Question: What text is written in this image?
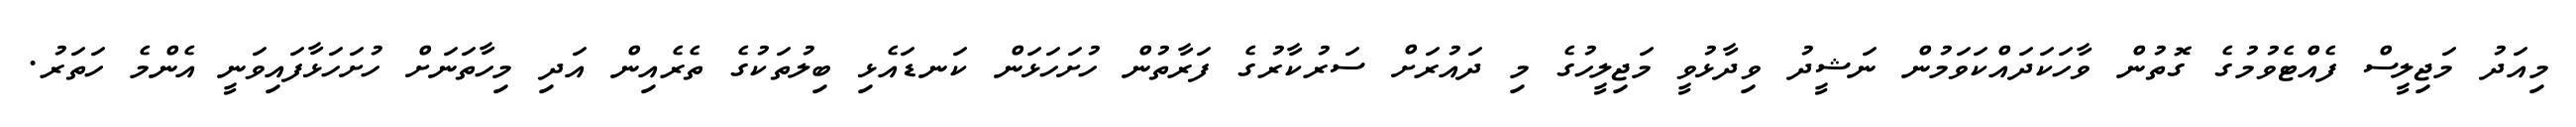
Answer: މިއަދު މަޖިލީސް ފެއްޓެވުމުގެ ގޮތުން ވާހަކަދައްކަވަމުން ނަޝީދު ވިދާޅުވީ މަޖިލީހުގެ މި ދައުރަށް ސަރުކާރުގެ ފަރާތުން ހުށަހަޅަން ކަނޑައެޅި ބިލުތަކުގެ ތެރެއިން އަދި މިހާތަނަށް ހުށަހަޅާފައިވަނީ އެންމެ ހަތަރު.